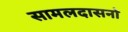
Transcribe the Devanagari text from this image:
सामलदासनो